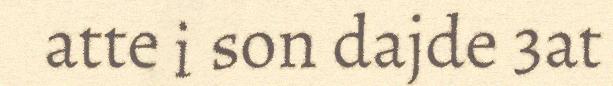
atte i son dajde 3at